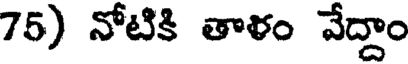
75) నోటికి తాళం వేద్దాం